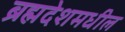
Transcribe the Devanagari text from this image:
ब्रह्मदेशमधील